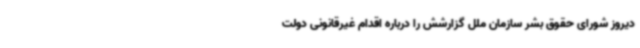
دیروز شورای حقوق بشر سازمان ملل گزارشش را درباره اقدام غیرقانونی دولت